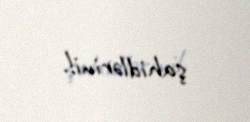
şahidlərini!.